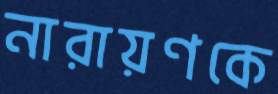
নারায়ণকে